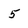
Character: 5